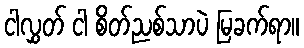
ငါလွှတ် ငါ စိတ်ညစ်သာပဲ မြခက်ရာ။